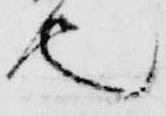
也